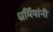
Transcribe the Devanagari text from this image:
धर्मियांनी